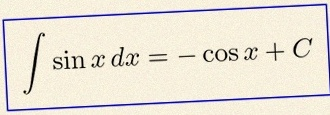
\int \sin x\,dx=-\cos x+C